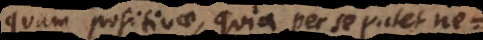
quam positivae, quia per se patet ne